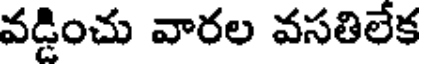
వడ్డించు వారల వసతిలేక